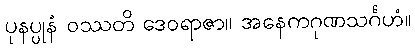
ပုနပ္ပုနံ ဝဿတိ ဒေဝရာဇာ။ အနေကဂုဏသင်္ဂဟံ။